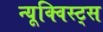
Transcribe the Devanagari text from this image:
न्यूक्विस्ट्स